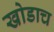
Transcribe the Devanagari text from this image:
खोडाच